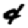
Digit: 4